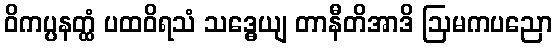
ဝိကပ္ပနတ္ထံ ပထဝိရသံ သဒ္ဓေယျ တာနီတိအာဒိ ဩမကပညော